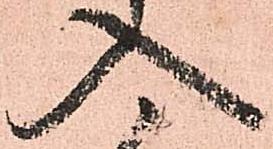
入